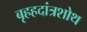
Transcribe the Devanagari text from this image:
बृहहदांत्रशोथ